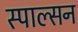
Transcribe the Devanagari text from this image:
स्पाल्सन